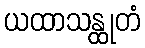
ယထာသန္ထုတံ